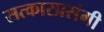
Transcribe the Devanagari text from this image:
सत्कारप्रसंगी